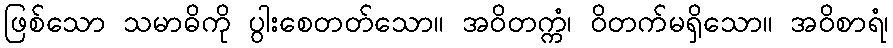
ဖြစ်သော သမာဓိကို ပွါးစေတတ်သော။ အဝိတက္ကံ၊ ဝိတက်မရှိသော။ အဝိစာရံ၊